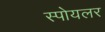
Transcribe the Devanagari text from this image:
स्पोयलर